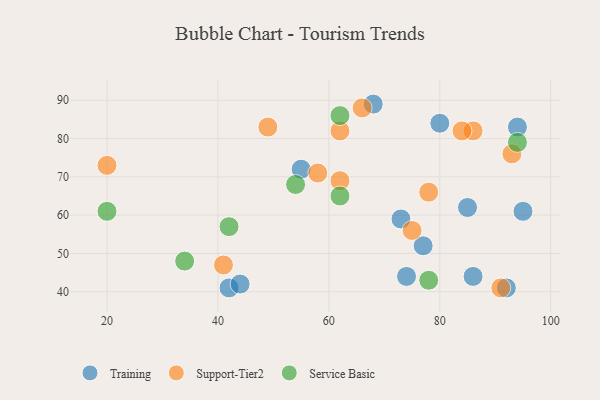
{"axis": {"x": "GDP", "y": "Life Expectancy"}, "legend": ["Service Basic", "Support-Tier2", "Training"], "data": [{"x": "95", "y": 61, "type": "Training"}, {"x": "85", "y": 62, "type": "Training"}, {"x": "80", "y": 84, "type": "Training"}, {"x": "77", "y": 52, "type": "Training"}, {"x": "42", "y": 41, "type": "Training"}, {"x": "44", "y": 42, "type": "Training"}, {"x": "94", "y": 83, "type": "Training"}, {"x": "73", "y": 59, "type": "Training"}, {"x": "68", "y": 89, "type": "Training"}, {"x": "86", "y": 44, "type": "Training"}, {"x": "55", "y": 72, "type": "Training"}, {"x": "92", "y": 41, "type": "Training"}, {"x": "74", "y": 44, "type": "Training"}, {"x": "58", "y": 71, "type": "Support-Tier2"}, {"x": "20", "y": 73, "type": "Support-Tier2"}, {"x": "78", "y": 66, "type": "Support-Tier2"}, {"x": "49", "y": 83, "type": "Support-Tier2"}, {"x": "62", "y": 82, "type": "Support-Tier2"}, {"x": "93", "y": 76, "type": "Support-Tier2"}, {"x": "66", "y": 88, "type": "Support-Tier2"}, {"x": "62", "y": 69, "type": "Support-Tier2"}, {"x": "86", "y": 82, "type": "Support-Tier2"}, {"x": "84", "y": 82, "type": "Support-Tier2"}, {"x": "91", "y": 41, "type": "Support-Tier2"}, {"x": "75", "y": 56, "type": "Support-Tier2"}, {"x": "41", "y": 47, "type": "Support-Tier2"}, {"x": "34", "y": 48, "type": "Service Basic"}, {"x": "54", "y": 68, "type": "Service Basic"}, {"x": "20", "y": 61, "type": "Service Basic"}, {"x": "62", "y": 65, "type": "Service Basic"}, {"x": "42", "y": 57, "type": "Service Basic"}, {"x": "94", "y": 79, "type": "Service Basic"}, {"x": "78", "y": 43, "type": "Service Basic"}, {"x": "62", "y": 86, "type": "Service Basic"}]}